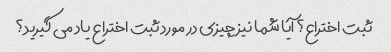
ثبت اختراع؟ آیا شما نیز چیزی در مورد ثبت اختراع یاد می گیرید؟